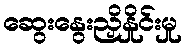
ဆွေးနွေးညှိနှိုင်းမှု